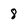
Character: 8